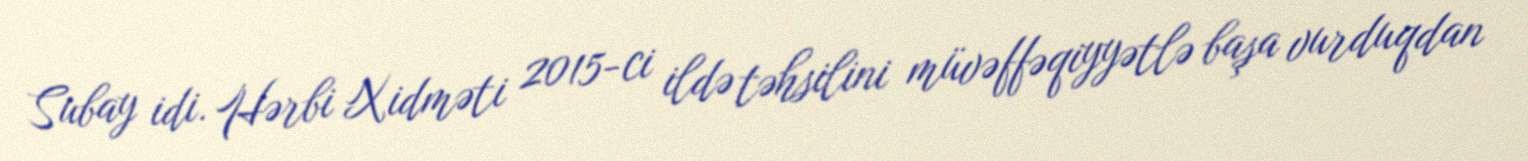
Subay idi. Hərbi Xidməti 2015-ci ildə təhsilini müvəffəqiyyətlə başa vurduqdan